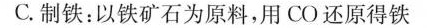
C.制铁：以铁矿石为原料，用CO还原得铁